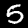
Label: 5